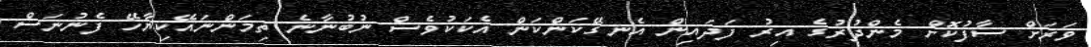
ވަރަށް ސާފުކޮށް މެންދުރުގެ އިރު ފަދައިން އެނގޭކަންކަން އެކަކުވެސް ނުބުނާނެ ތިމަންނައޭކިޔާހޭ ފެނުނަސް